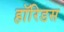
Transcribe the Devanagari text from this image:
हॉरिडस